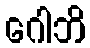
ဂေါဘိ